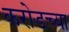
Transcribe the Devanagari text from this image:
करोडच्या